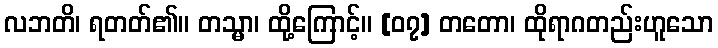
လဘတိ၊ ရတတ်၏။ တသ္မာ၊ ထို့ကြောင့်။ [၀၇] တတော၊ ထိုရာဂတည်းဟူသော